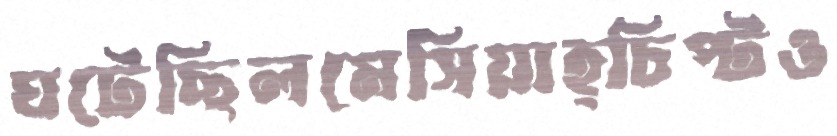
ঘটেছিলমেসিয়াহ্চিপ্‌টও